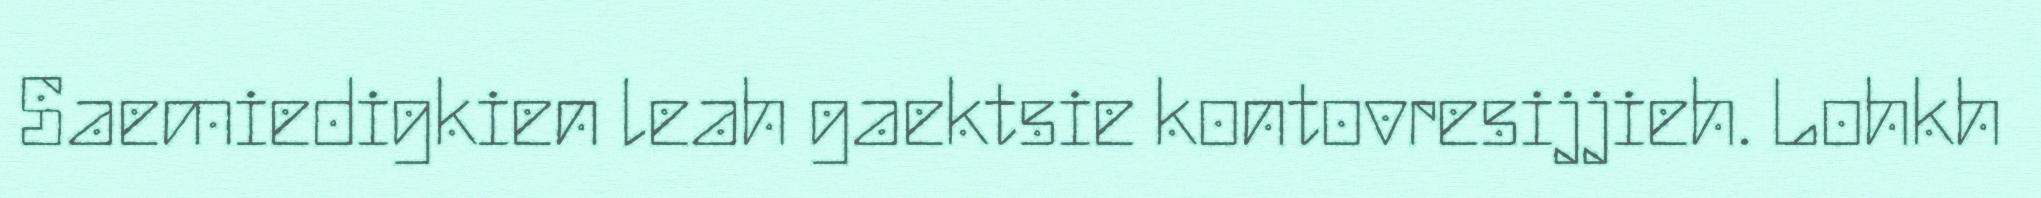
Saemiedigkien leah gaektsie kontovresijjieh. Lohkh